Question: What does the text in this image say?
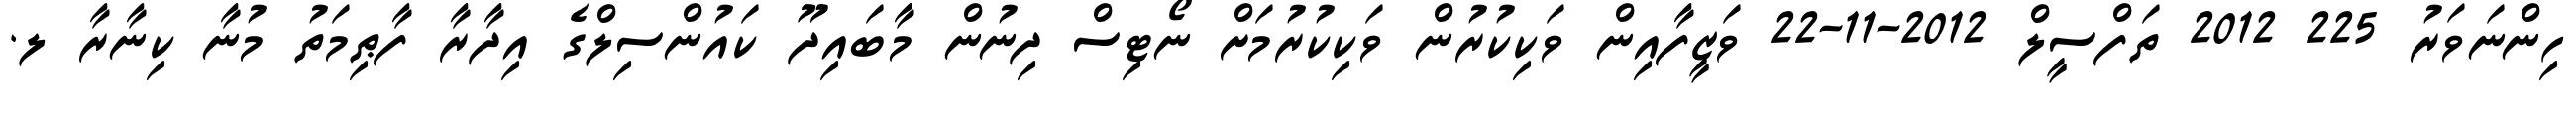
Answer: ހިންނަވަރު 225 2012 ތަފްސީލް 2012-11-22 ވަޒީފާއިން ވަކިކުރުން ވަކިކުރުމަށް ނޯޓިސް ދިނުން މާބައިދޫ ކައުންސިލްގެ އިދާރާ ފާޠިމަތު މުނާ ކިނާރާ ލ.